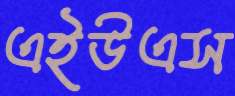
এইউএস